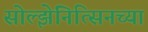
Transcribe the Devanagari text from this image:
सोल्झेनित्सिनच्या